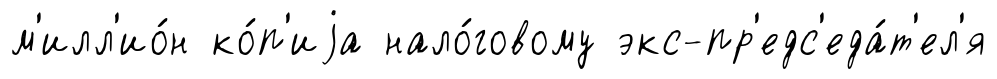
м'илл'ио́н ко́п'иjа нало́говому экс-пр'едс'еда́т'ел'я